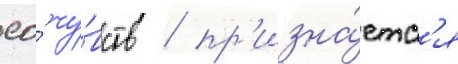
ео́ чу́вств / пр'изна́етс'я